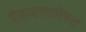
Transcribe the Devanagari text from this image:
ऐडजस्टमेण्ट